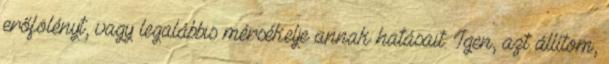
erőfölényt, vagy legalábbis mérsékelje annak hatásait. Igen, azt állítom,